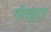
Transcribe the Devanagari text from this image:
गीताहृदय